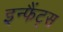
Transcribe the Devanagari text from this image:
इन्फैंट्स